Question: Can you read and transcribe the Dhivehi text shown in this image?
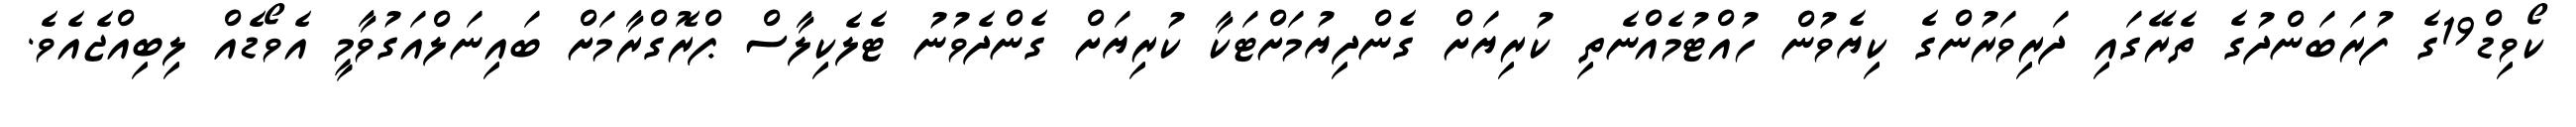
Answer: ކޯވިޑް19ގެ ފުރަބަންދުގެ ތެރޭގައި ދަރިވަރުންގެ ކިޔެވުން ހުއްޓުމެއްނެތި ކުރިޔަށް ގެންދިޔުމަށްޓަކާ ކުރިޔަށް ގެންދެވުނު ޓެލެކިލާސް ޕްރޮގްރާމަށް ބައިނަލްއަގުވާމީ އެވޯޑެއް ލިބިއްޖެއެވެ.